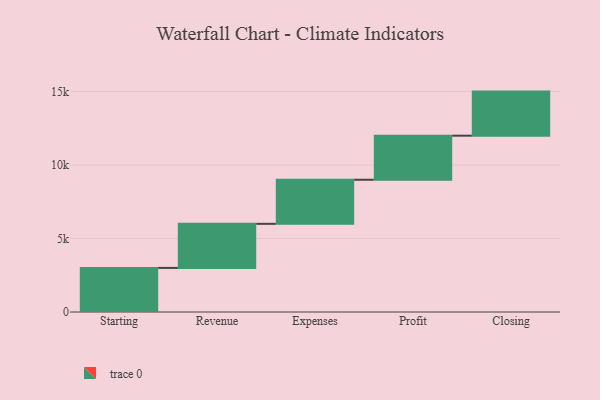
{"axis": {"x": "Step", "y": "Value"}, "legend": [""], "data": [{"x": "Starting", "y": 3000, "type": ""}, {"x": "Revenue", "y": 3000, "type": ""}, {"x": "Expenses", "y": 3000, "type": ""}, {"x": "Profit", "y": 3000, "type": ""}, {"x": "Closing", "y": 3000, "type": ""}]}